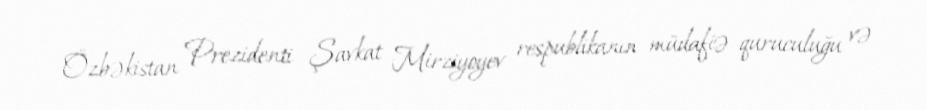
Özbəkistan Prezidenti Şavkat Mirziyoyev respublikanın müdafiə quruculuğu və